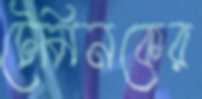
টেমিনকের